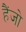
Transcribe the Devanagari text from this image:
हैंजो